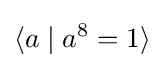
\langle a\mid a^{8}=1\rangle